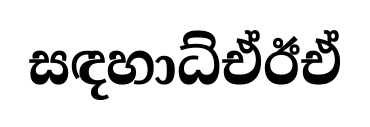
සඳහාධ්ඒඊඒ